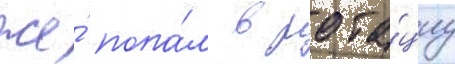
же́ попа́л в рота́циу